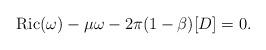
LaTeX: \begin{align*}{\rm Ric}(\omega)-\mu\omega-2\pi(1-\beta)[D]=0.\end{align*}